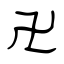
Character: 卍